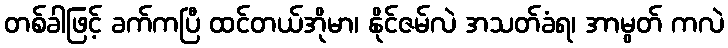
တစ်ခါဖြင့် ခက်ကပြီ ထင်တယ်အိုမာ၊ နိုင်ဇမ်လဲ အသတ်ခံရ၊ အာမွတ် ကလဲ